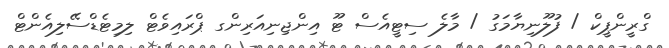
ގްރީންޕީކް / ފުލޫނިޔާމަގު / މާލެ ސިޓީއެސް ޓޫ އިންޖިނިއަރިންގ ޕްރައިވެޓް ލިމިޓެޑްސޭލިއެންޓް